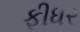
ફીધર